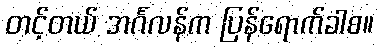
တင့်တယ် အင်္ဂလန်က ပြန်ရောက်ခါစ။